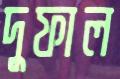
দুফাল